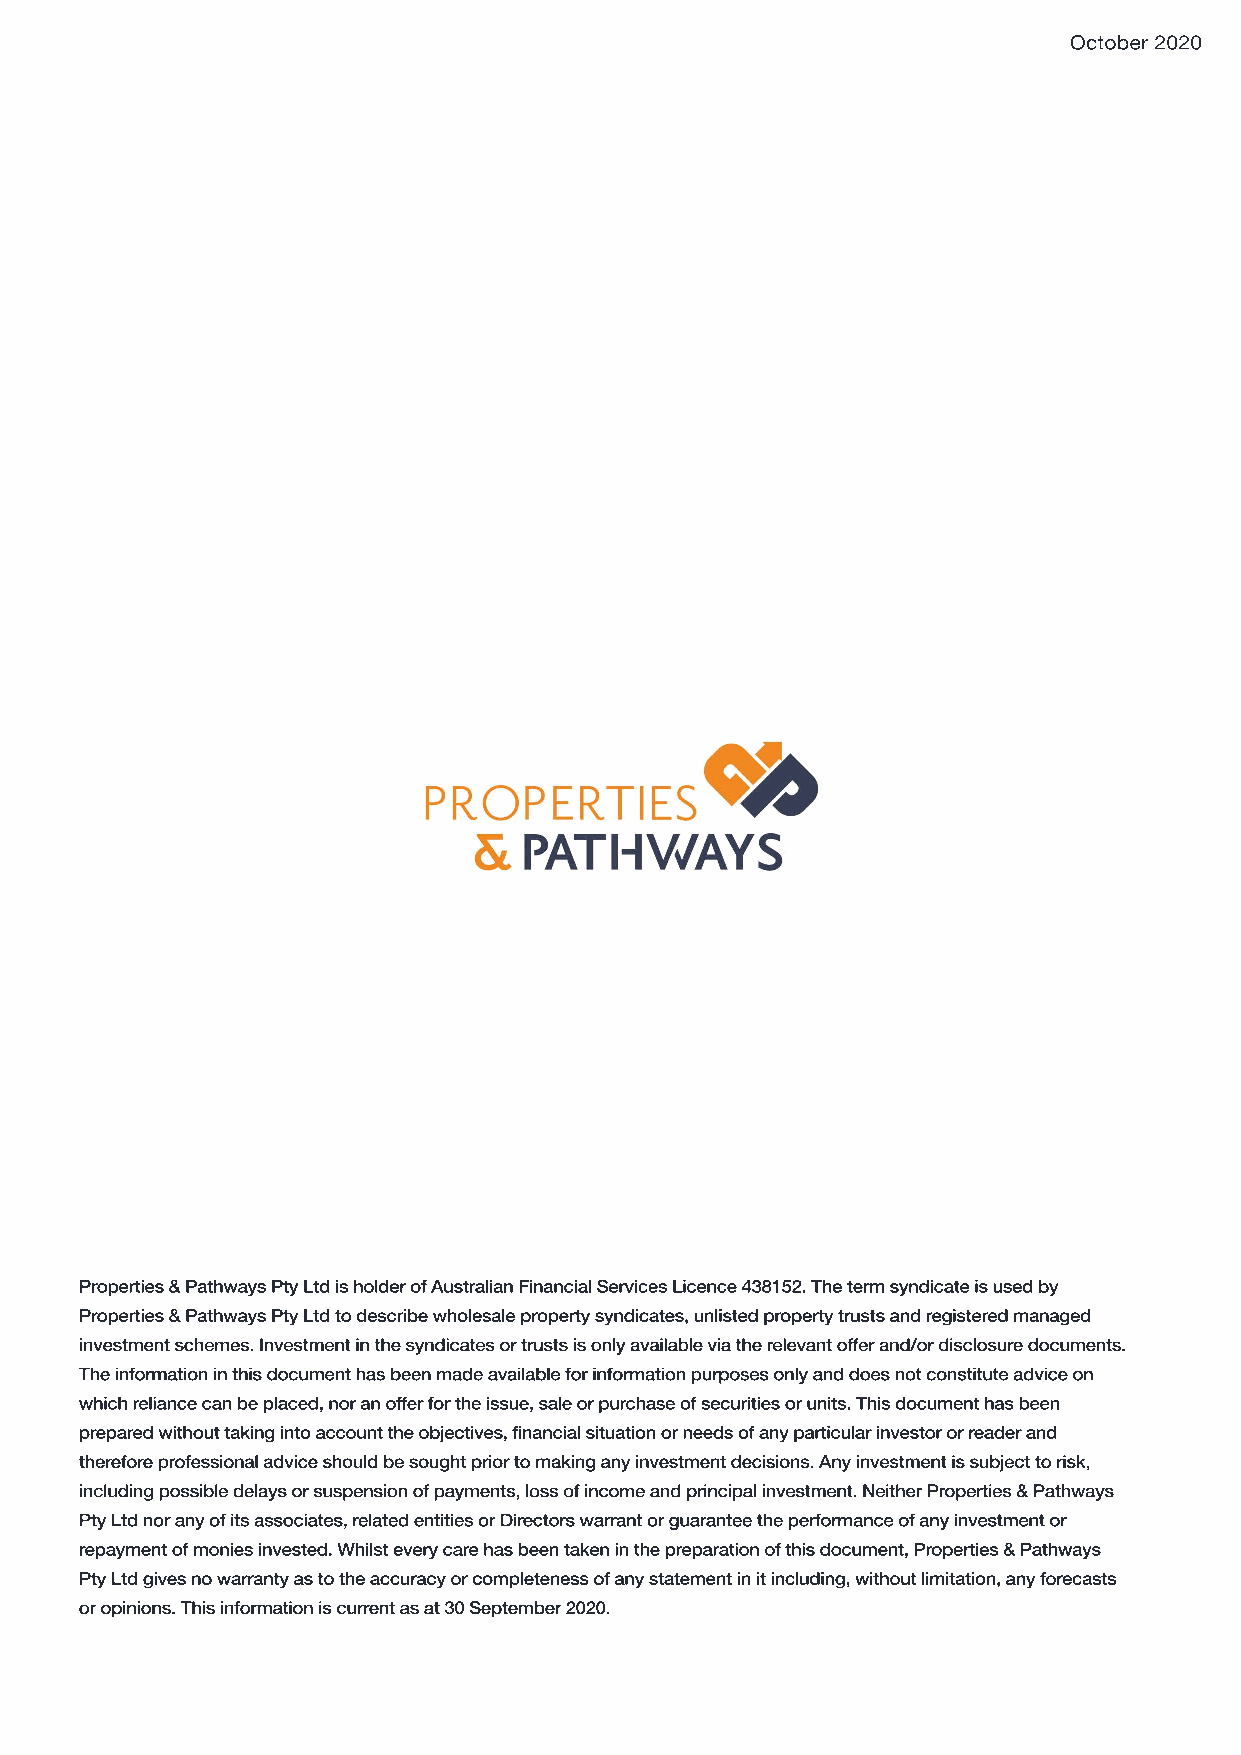
October 2020
 Properties & Pathways Pty Ltd is holder of Australian Financial Services Licence 438152. The term syndicate is used by
 Properties & Pathways Pty Ltd to describe wholesale property syndicates, unlisted property trusts and registered managed
 investment schemes. Investment in the syndicates or trusts is only available via the relevant offer and/or disclosure documents.
 The information in this document has been made available for information purposes only and does not constitute advice on
 which reliance can be placed, nor an offer for the issue, sale or purchase of securities or units. This document has been
 pprrepared without taking into account the objectives, financial situation or needs of any particular investor or reader and
 therefore professional advice should be sought prior to making any investment decisions. Any investment is subject to risk,
 including possible delays or suspension of payments, loss of income and principal investment. Neither Properties & Pathways
 Pty Ltd nor any of its associates, related entities or Directors warrant or guarantee the performance of any investment or
 repayment of monies invested. Whilst every care has been taken in the preparation of this document, Properties & Pathways
 PPttyy LLttdd ggiivveess nnoo wwaarrrraannttyy aass ttoo tthhee aaccccuurraaccyy oorr ccoommpplleetteenneessss ooff aannyy ssttaatteemmeenntt iinn iitt iinncclluuddiinngg,, wwiitthhoouutt lliimmiittaattiioonn,, aannyy ffoorecasts
 or opinions. This information is current as at 30 September 2020.